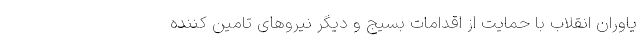
یاوران انقلاب با حمایت از اقدامات بسیج و دیگر نیروهای تامین کننده